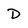
Character: D